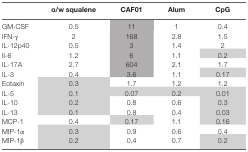
|  | o/w squalene | CAF01 | Alum | CpG |
 | --- | --- | --- | --- | --- |
 | GM-CSF | 0.5 | 11 | 1 | 0.4 |
 | IFN-γ | 2 | 168 | 2.8 | 1.5 |
 | IL-12p40 | 0.5 | 3 | 1.4 | 2 |
 | Il-6 | 1.2 | 6 | 1.1 | 0.2 |
 | IL-17A | 2.7 | 604 | 2.1 | 1.7 |
 | IL-3 | 0.4 | 3.6 | 1.1 | 0.17 |
 | Eotaxin | 0.3 | 1.7 | 1.2 | 1.2 |
 | IL-5 | 0.1 | 0.07 | 0.2 | 0.01 |
 | IL-10 | 0.2 | 0.8 | 0.6 | 0.3 |
 | IL-13 | 0.1 | 0.8 | 0.4 | 0.03 |
 | MCP-1 | 0.4 | 0.17 | 1.1 | 0.16 |
 | MIP-1α | 0.3 | 0.9 | 0.6 | 0.4 |
 | MIP-1β | 0.2 | 0.4 | 0.7 | 0.2 |